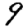
Digit: 9